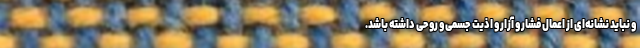
و نباید نشانه‌ای از اعمال فشار و آزار و اذیت جسمی و روحی داشته باشد.